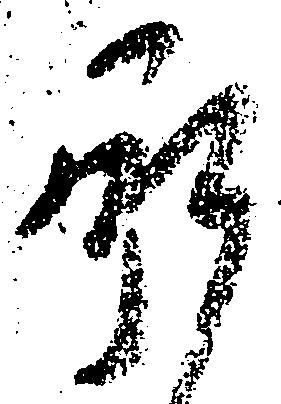
承